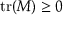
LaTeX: \operatorname { t r } ( M ) \geq 0